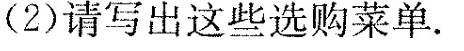
(2)请写出这些选购菜单。